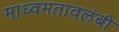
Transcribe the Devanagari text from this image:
माध्वमतावलंबी